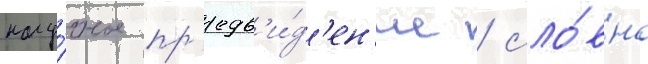
нау́чное пр'едв'и́д'ен'ие / сло́вно